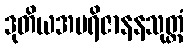
ဒုတိယအပရိဇာနနသုတ္တံ